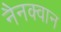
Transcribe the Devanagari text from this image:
नैनक्वान